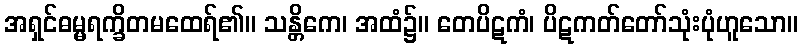
အရှင်ဓမ္မရက္ခိတမထေရ်၏။ သန္တိကေ၊ အထံ၌။ တေပိဋကံ၊ ပိဋကတ်တော်သုံးပုံဟူသော။